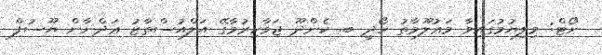
ނޯޓް: މިލިޔުމުގައިވާ މަޢުލޫމާތު ހޯދީ ބ. ކެންދޫ ޖަވާހިރުމާގޭ އަލްއުސްތާޒު ޢަދްނާން ޔޫސުފް